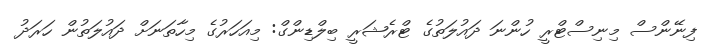
ފިނޭންސް މިނިސްޓްރީ ހުންނަ ދައުލަތުގެ ޓްރެޝަރީ ބިލްޑިންގް: މިއަހަރުގެ މިހާތަނަށް ދައުލަތުން ހަރަދު